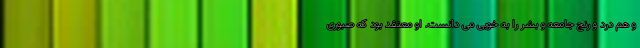
و هم درد و رنج جامعه و بشر را به خوبی می دانست. او معتقد بود که صبوری